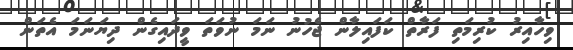
ވިހާއިރު ކުރިމަތި ފަރާތް ކަފައިލާން ޖެހުނު ނަމަ ނުވަތަ ވީދައިގެން ދިޔަނަމަ އެތަން